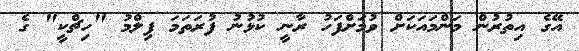
އޭގެ އިތުރުން މަންމައަކަށް ވުމަށްފަހު ރާނީ ކުޅުނު ފުރަތަމަ ފިލްމު "ހިޗްކީ" ގެ